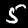
Label: 5